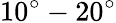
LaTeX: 10^{\circ}-20^{\circ}